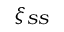
\xi _ { S S }